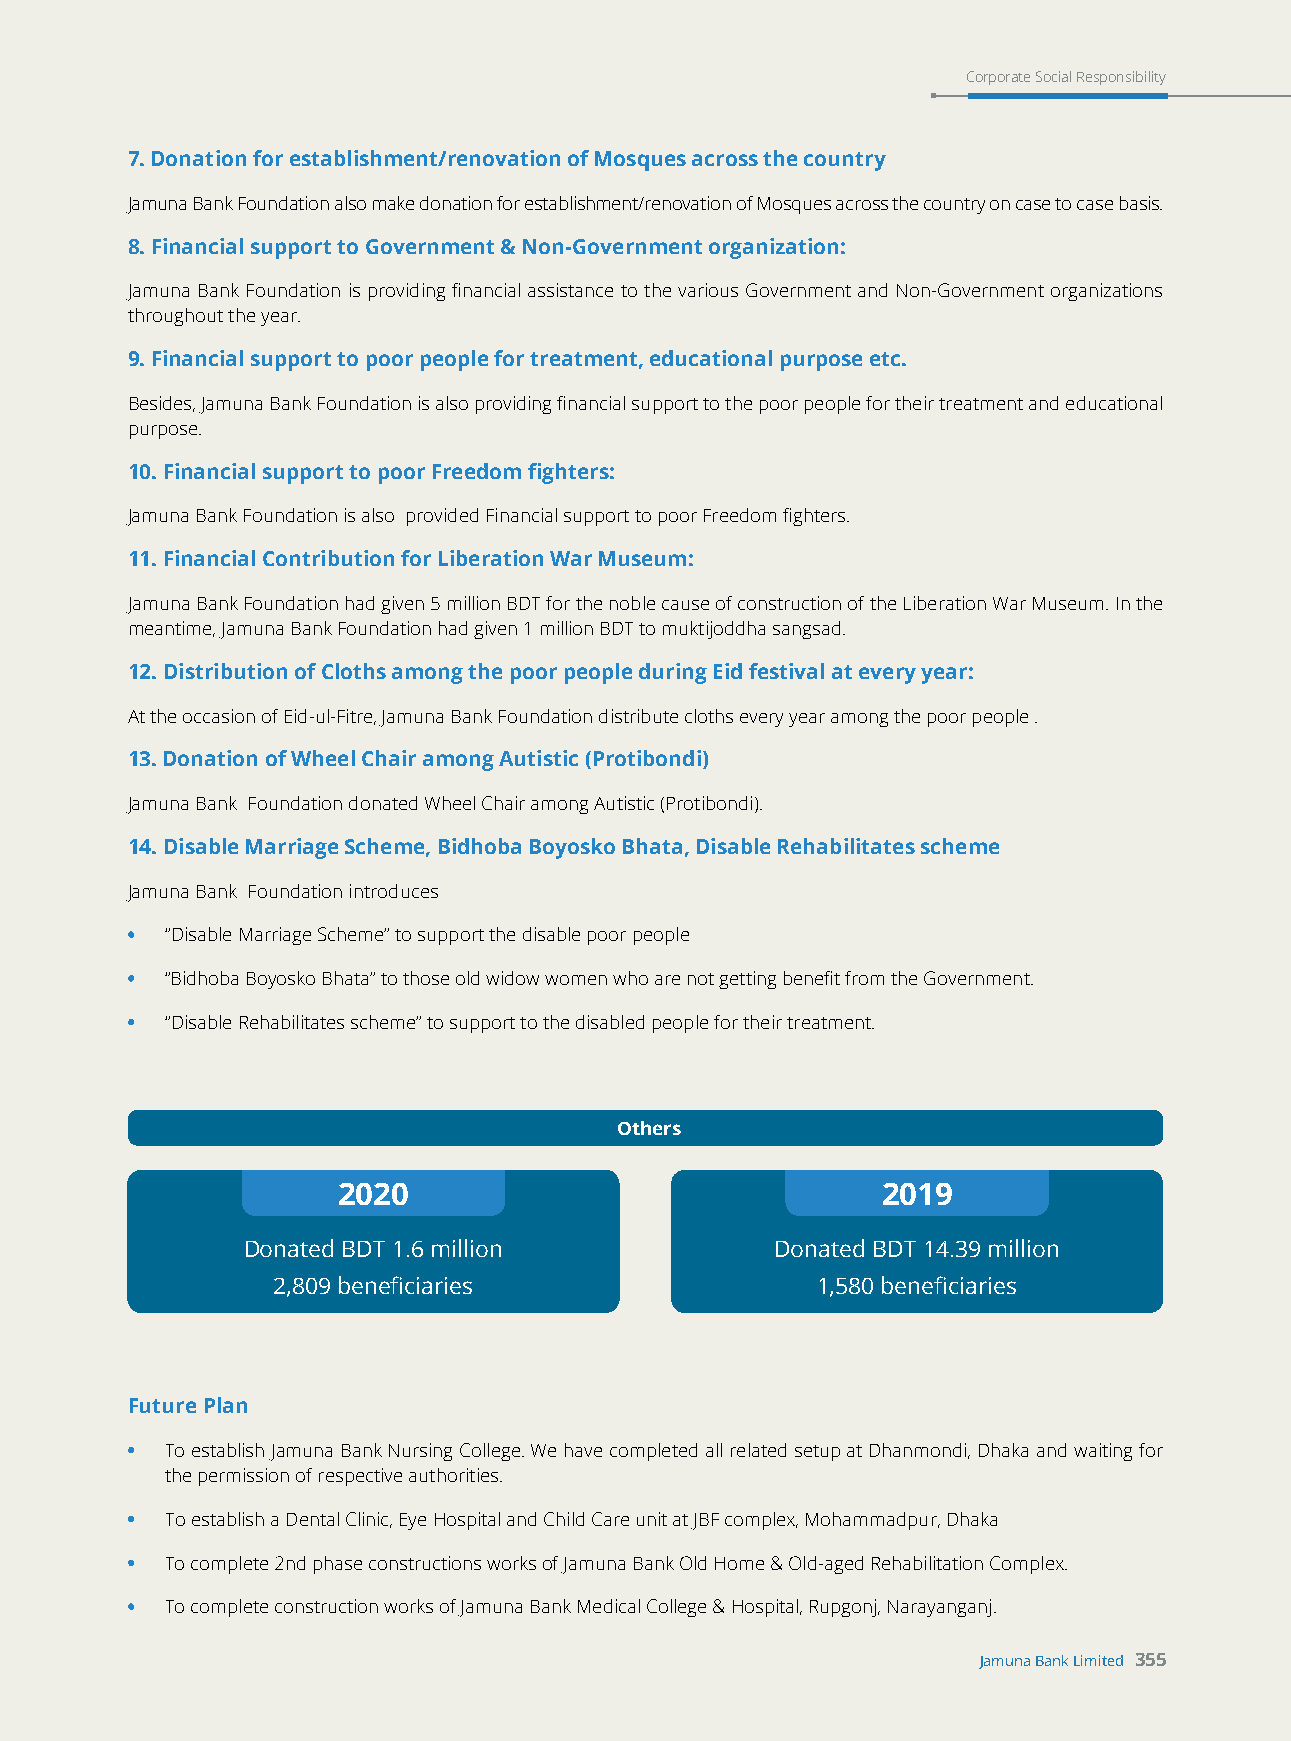
Corporate Social Responsibility
 7. Donation for establishment/renovation of Mosques across the country
 Jamuna Bank Foundation also make donation for establishment/renovation of Mosques across the country on case to case basis.
 8. Financial support to Government & Non-Government organization:
 Jamuna Bank Foundation is providing financial assistance to the various Government and Non-Government organizations
 throughout the year.
 9. Financial support to poor people for treatment, educational purpose etc.
 Besides, Jamuna Bank Foundation is also providing financial support to the poor people for their treatment and educational
 purpose.
 10. Financial support to poor Freedom fighters:
 Jamuna Bank Foundation is also provided Financial support to poor Freedom fighters.
 11. Financial Contribution for Liberation War Museum:
 Jamuna Bank Foundation had given 5 million BDT for the noble cause of construction of the Liberation War Museum. In the
 meantime, Jamuna Bank Foundation had given 1 million BDT to muktijoddha sangsad.
 12. Distribution of Cloths among the poor people during Eid festival at every year:
 At the occasion of Eid-ul-Fitre, Jamuna Bank Foundation distribute cloths every year among the poor people .
 13. Donation of Wheel Chair among Autistic (Protibondi)
 Jamuna Bank Foundation donated Wheel Chair among Autistic (Protibondi).
 14. Disable Marriage Scheme, Bidhoba Boyosko Bhata, Disable Rehabilitates scheme
 Jamuna Bank Foundation introduces
 •  “Disable Marriage Scheme” to support the disable poor people
 •  “Bidhoba Boyosko Bhata” to those old widow women who are not getting benefit from the Government.
 •  “Disable Rehabilitates scheme” to support to the disabled people for their treatment.
 Others
 2020                                2019
 Donated BDT 1.6 million            Donated BDT 14.39 million
 2,809 beneficiaries                 1,580 beneficiaries
 Future Plan
 •  To establish Jamuna Bank Nursing College. We have completed all related setup at Dhanmondi, Dhaka and waiting for
 the permission of respective authorities.
 •  To establish a Dental Clinic, Eye Hospital and Child Care unit at JBF complex, Mohammadpur, Dhaka
 •  To complete 2nd phase constructions works of Jamuna Bank Old Home & Old-aged Rehabilitation Complex.
 •  To complete construction works of Jamuna Bank Medical College & Hospital, Rupgonj, Narayanganj.
 Jamuna Bank Limited 355